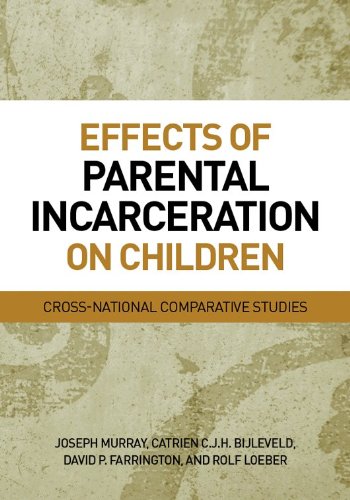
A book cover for Effects of Parental Incarceration on Children: Cross-National Comparitive Studies (Psychology, Crime, and Justice); Joseph Murray; Health, Fitness & Dieting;